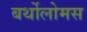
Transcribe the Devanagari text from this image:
बर्थोलोमस